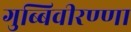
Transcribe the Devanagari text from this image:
गुब्बिवीरण्णा